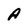
Character: A